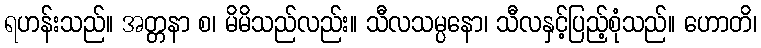
ရဟန်းသည်။ အတ္တနာ စ၊ မိမိသည်လည်း။ သီလသမ္ပနော၊ သီလနှင့်ပြည့်စုံသည်။ ဟောတိ၊